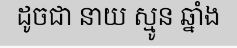
ដូចជា នាយ ស្មូន ឆ្នាំង